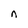
Character: n